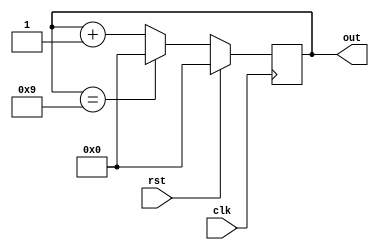
`timescale 1ns / 1ps

module inv(
    input clk, rst, 
    output reg [3:0] out);
    
always @(posedge clk)
begin
    if ( rst == 1) out = 4'b0000;
    else if (out == 9) out = 4'b0000;
    else out = out + 1;
end
endmodule